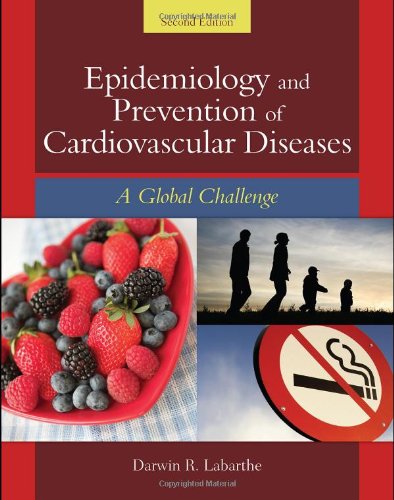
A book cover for Epidemiology And Prevention Of Cardiovascular Diseases: A Global Challenge; Darwin R. Labarthe; Medical Books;